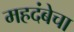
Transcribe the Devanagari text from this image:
महदंबेचा